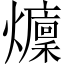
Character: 𤒢